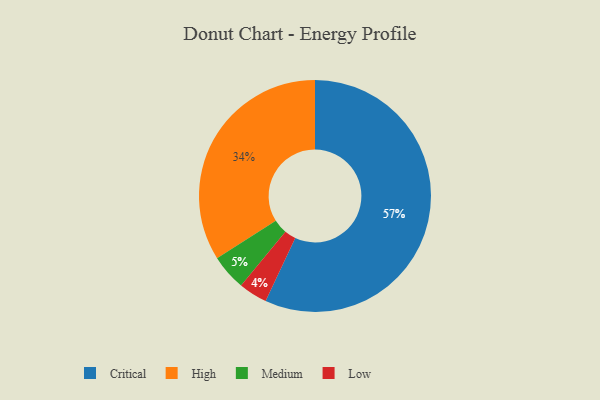
{"axis": {"x": "Category", "y": "Percentage"}, "legend": ["Critical", "High", "Low", "Medium"], "data": [{"x": "Critical", "y": 57, "type": "Critical"}, {"x": "Medium", "y": 5, "type": "Medium"}, {"x": "Low", "y": 4, "type": "Low"}, {"x": "High", "y": 34, "type": "High"}]}